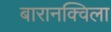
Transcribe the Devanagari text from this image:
बारानक्विला